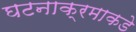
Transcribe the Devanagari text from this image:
घटनाक्रमाकडे